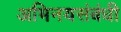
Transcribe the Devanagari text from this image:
अभिनयसंबंधी